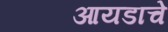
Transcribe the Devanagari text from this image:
आयडाचे